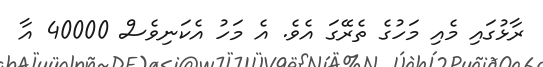
ރާޅުގައި މެއި މަހުގެ ތެރޭގަ އެވެ. އެ މަހު އެކަނިވެސް 40000 އާ